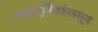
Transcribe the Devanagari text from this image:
बालभूमिकांपासून